Scottish Leaving Certificate Examination, 1959
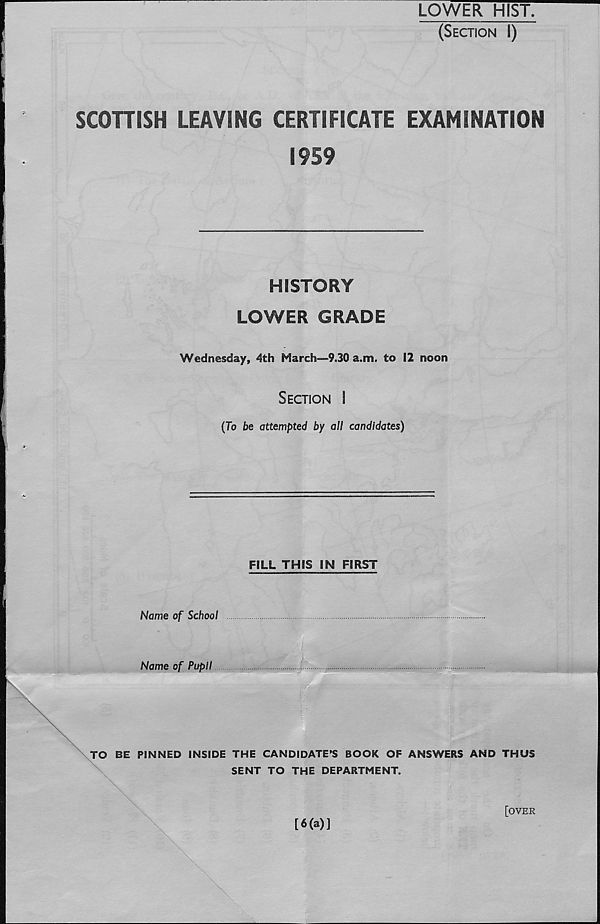
LOWER HIST.
(Section I)
SCOTTISH LEAVING CERTIFICATE EXAMINATION
1959
HISTORY
LOWER GRADE
Wednesday, 4th March—9.30 a.m. to 12 noon
Section I
(To be attempted by all candidates)
FILL THIS IN FIRST
Name of School
Name of Pupil
TO BE PINNED INSIDE THE CANDIDATE'S BOOK OF ANSWERS AND THUS
SENT TO THE DEPARTMENT.
\
[6(a)]
[over